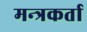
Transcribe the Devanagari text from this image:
मन्त्रकर्ता